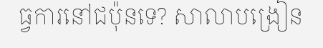
ធ្វការនៅជប៉ុនទេ? សាលាបង្រៀន